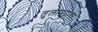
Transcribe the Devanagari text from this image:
तुलापट्टावर